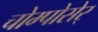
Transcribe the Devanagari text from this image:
चोम्पोसेर्